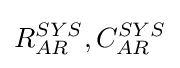
R_{AR}^{SYS},C_{AR}^{SYS}